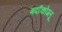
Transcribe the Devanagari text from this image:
बर्दाकोग्लू